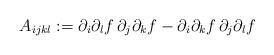
LaTeX: \begin{align*}A_{ijkl}:=\partial_{i}\partial_{l}f\,\partial_{j}\partial_{k}f-\partial_{i}\partial_{k}f\,\partial_{j}\partial_{l}f\end{align*}